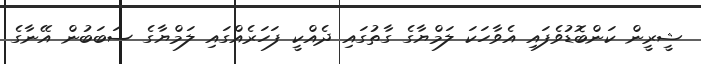
ޝީރީން ކަންބޮޑުވެފައި އެވާހަކަ ލަމްޔާގެ ގާތުގައި ދެއްކީ ފަހަރެއްގައި ލަމްޔާގެ ސަބަބުން އޭނާގެ